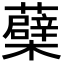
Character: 蘗